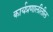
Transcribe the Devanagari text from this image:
कार्यप्रणालीतील